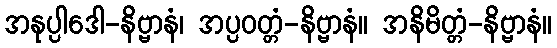
အနုပ္ပါဒေါ-နိဗ္ဗာနံ၊ အပ္ပဝတ္တံ-နိဗ္ဗာနံ။ အနိမိတ္တံ-နိဗ္ဗာနံ။